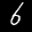
Label: 6